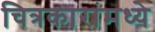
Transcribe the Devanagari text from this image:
चित्रकारांमध्ये